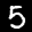
Label: 5